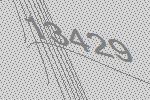
13429